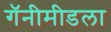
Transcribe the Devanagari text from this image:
गॅनीमीडला